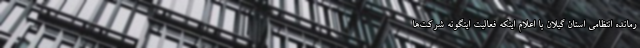
رمانده انتظامی استان گیلان با اعلام اینکه فعالیت اینگونه شرکت‌ها